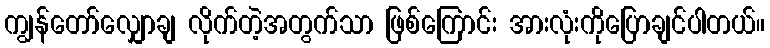
ကျွန်တော်လျှောချ လိုက်တဲ့အတွက်သာ ဖြစ်ကြောင်း အားလုံးကိုပြောချင်ပါတယ်။